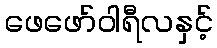
ဖေဖော်ဝါရီလနှင့်